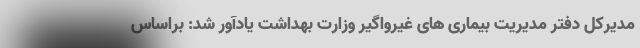
مدیرکل دفتر مدیریت بیماری های غیرواگیر وزارت بهداشت یادآور شد: براساس